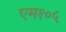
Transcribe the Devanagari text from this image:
एम१०५